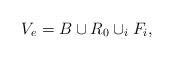
LaTeX: \begin{align*} V_{e}=B\cup R_0\cup_i F_i,\end{align*}